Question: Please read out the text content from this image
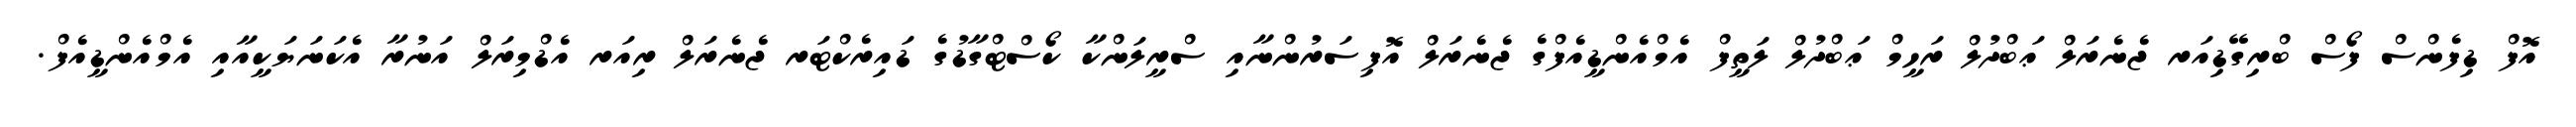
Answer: އޮފް ޑިފެންސް ފޯސް ބްރިގޭޑިއަރ ޖެނެރަލް ޢަބްދުލް ރަހީމް ޢަބްދުލް ލަތީފް އެމްއެންޑީއެފްގެ ޖެނެރަލް އޮފިސަރުންނާއި ސްރީލަންކާ ކޯސްޓްގާޑުގެ ޑައިރެކްޓަރ ޖެނެރަލް ރިއަރ އެޑްމިރަލް އަނުރާ އެކަނަޔަކީއާއި އެމްއެންޑީއެފް.